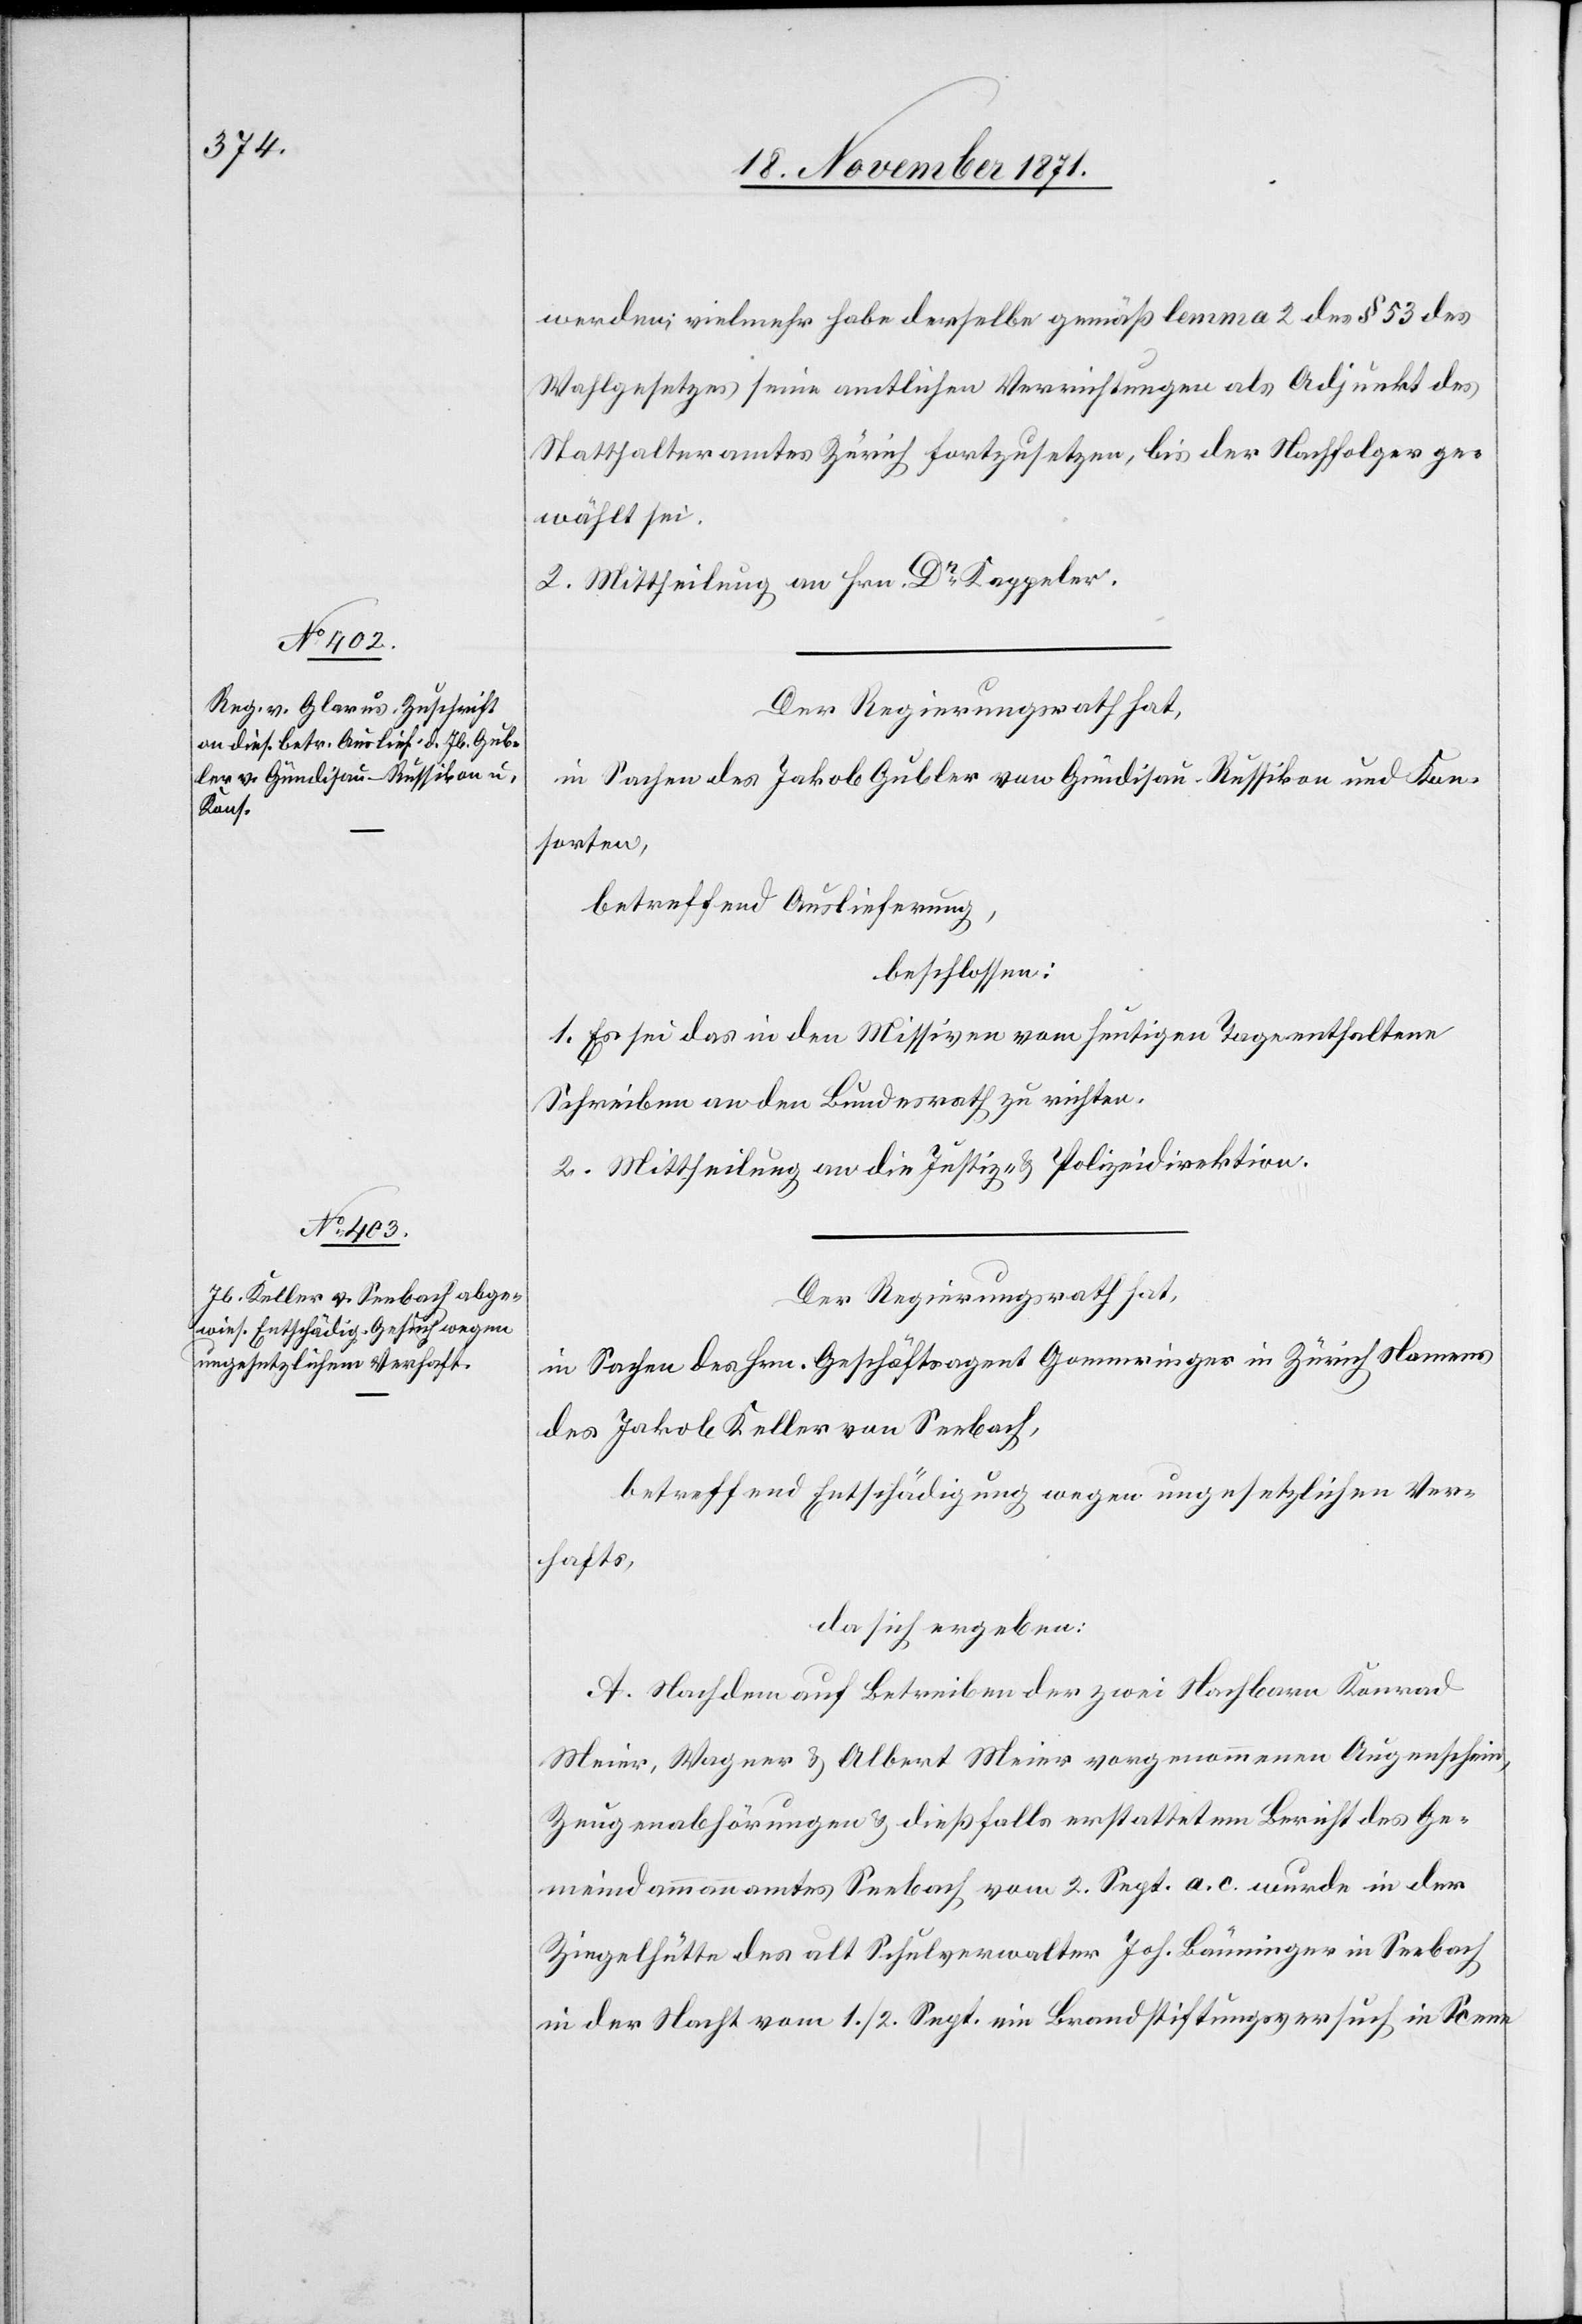
werden; vielmehr habe derselbe gemäß lemma 2 des § 53 des
Wahlgesetzes seine amtliche Verrichtungen als Adjunkt des
Statthalteramtes Zürich fortzusetzen, bis der Nachfolger ge¬
wählt sei.
2. Mittheilung an Hrn. Dr Kappeler.
Der Regierungsrath hat,
in Sachen des Jakob Gubler von Gündisau-Russikon und Kon¬
sorten,
betreffend Auslieferung,
beschlossen:
1. Es sei das in den Missiven vom heutigen Tage enthaltene
Schreiben an den Bundesrath zu richten.
2. Mittheilung an die Justiz- & Polizeidirektion.
Der Regierungsrath hat,
in Sachen des Hrn. Geschäftsagent Gomringer in Zürich Namens
des Jakob Keller von Seebach,
betreffend Entschädigung wegen ungesetzlichen Ver¬
hafts,
da sich ergeben:
A. Nach dem auf Betreiben der zwei Nachbarn Konrad
Meier, Wagner & Albert Meier vorgenommenen Augenschein,
Zeugenabhörungen & dießfalls erstatteten Bericht des Ge¬
meindammannamtes Seebach vom 2. Sept. a. c. wurde in der
Ziegelhütte des alt Schulverwalter Joh. Bänninger in Seebach
in der Nacht vom 1. / 2. Sept. ein Brandstiftungsversuch in Scene